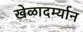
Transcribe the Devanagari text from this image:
खेळादर्म्यान